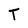
Character: T